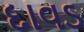
દાવડ